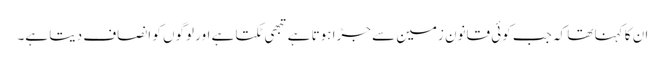
ان کا کہنا تھا کہ جب کوئی قانون زمین سے جڑا ہوتا ہے تبھی ٹکتا ہے اور لوگوں کو انصاف دیتا ہے۔